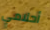
أحلامي